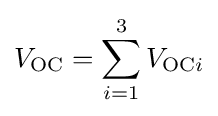
V_{\text{OC}}=\sum _{i=1}^{3}V_{{\text{OC}}i}